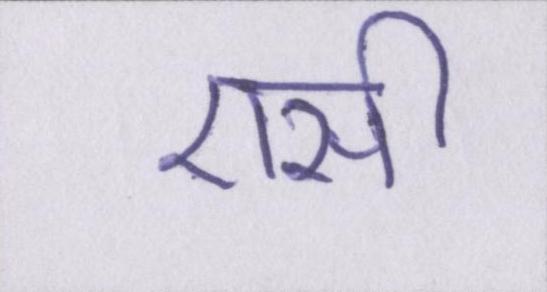
एसी